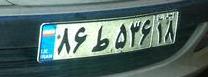
۸۶ط۵۳۶۱۸